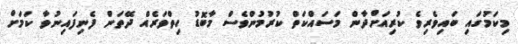
މިކަމުގައި ބައިވެރިވެ ކުރިއަށްދާން މަސައްކަތް ކުރުމުންވެސް މާބޮޑު ހިތްވަރެއް ދޭތަން ފެނިފައިނުވާ ކަމަށް